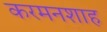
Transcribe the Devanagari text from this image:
करमनशाह